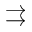
\rightrightarrows